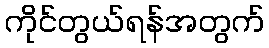
ကိုင်တွယ်ရန်အတွက်